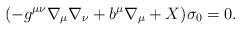
LaTeX: \begin{align*}(-g^{\mu\nu}\nabla_{\mu}\nabla_{\nu} + b^{\mu}\nabla_{\mu} + X)\sigma_0 = 0.\end{align*}